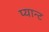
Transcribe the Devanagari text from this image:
प्यान्ट